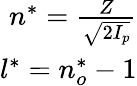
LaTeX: \begin{array}{r}{n^{*}=\frac{Z}{\sqrt{2I_{p}}}}\\ {l^{*}=n_{o}^{*}-1}\end{array}